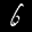
Label: 6